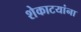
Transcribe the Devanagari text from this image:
शेकाटयांना